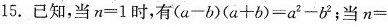
15.已知，当n=1时，有(a-b)(a+b)=a^{2}-b^{2}；当n=